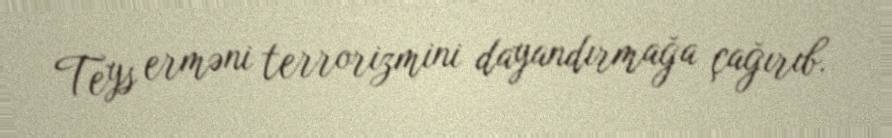
Teys erməni terrorizmini dayandırmağa çağırıb.